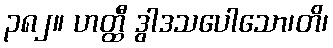
၃၈၂။ ဟတ္ထီ ဒွါဒသပေါသော၊တိ၊